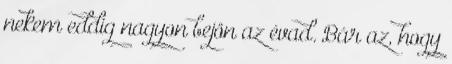
nekem eddig nagyon bejön az évad. Bár az, hogy